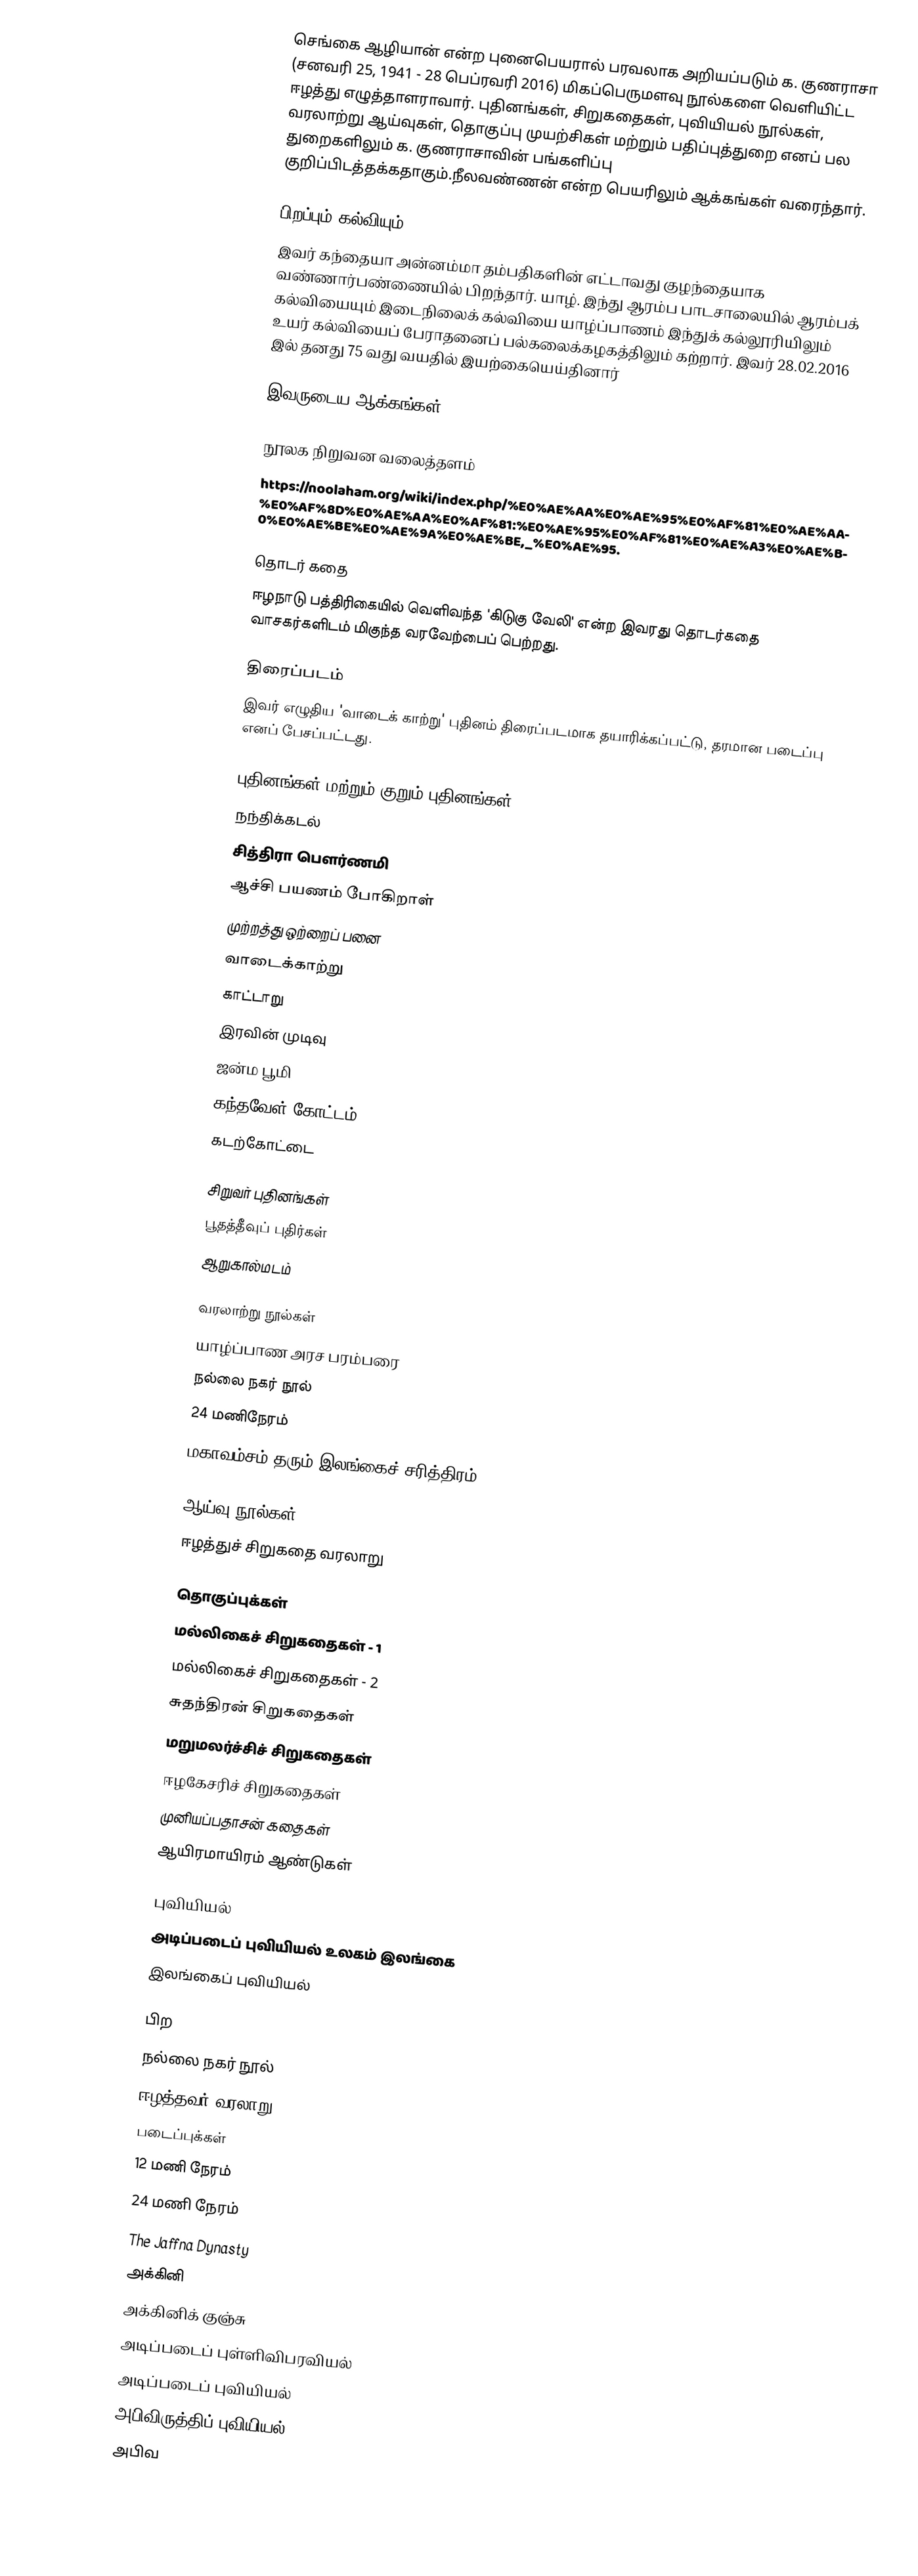
செங்கை ஆழியான் என்ற புனைபெயரால் பரவலாக அறியப்படும் க. குணராசா (சனவரி 25, 1941 - 28 பெப்ரவரி 2016) மிகப்பெருமளவு நூல்களை வெளியிட்ட ஈழத்து எழுத்தாளராவார். புதினங்கள், சிறுகதைகள், புவியியல் நூல்கள், வரலாற்று ஆய்வுகள், தொகுப்பு முயற்சிகள் மற்றும் பதிப்புத்துறை எனப் பல துறைகளிலும் க. குணராசாவின் பங்களிப்பு குறிப்பிடத்தக்கதாகும்.நீலவண்ணன்  என்ற பெயரிலும் ஆக்கங்கள் வரைந்தார்.

பிறப்பும் கல்வியும்
இவர் கந்தையா அன்னம்மா தம்பதிகளின் எட்டாவது குழந்தையாக வண்ணார்பண்ணையில் பிறந்தார். யாழ். இந்து ஆரம்ப பாடசாலையில் ஆரம்பக் கல்வியையும் இடைநிலைக் கல்வியை யாழ்ப்பாணம் இந்துக் கல்லூரியிலும் உயர் கல்வியைப் பேராதனைப் பல்கலைக்கழகத்திலும் கற்றார். இவர் 28.02.2016 இல் தனது 75 வது வயதில் இயற்கையெய்தினார்

இவருடைய ஆக்கங்கள்

நூலக நிறுவன வலைத்தளம்
https://noolaham.org/wiki/index.php/%E0%AE%AA%E0%AE%95%E0%AF%81%E0%AE%AA%E0%AF%8D%E0%AE%AA%E0%AF%81:%E0%AE%95%E0%AF%81%E0%AE%A3%E0%AE%B0%E0%AE%BE%E0%AE%9A%E0%AE%BE,_%E0%AE%95.

தொடர் கதை
ஈழநாடு பத்திரிகையில் வெளிவந்த 'கிடுகு வேலி' என்ற இவரது தொடர்கதை வாசகர்களிடம் மிகுந்த வரவேற்பைப் பெற்றது.

திரைப்படம்
இவர் எழுதிய 'வாடைக் காற்று' புதினம் திரைப்படமாக தயாரிக்கப்பட்டு, தரமான படைப்பு எனப் பேசப்பட்டது.

புதினங்கள் மற்றும் குறும் புதினங்கள்
 நந்திக்கடல்
 சித்திரா பௌர்ணமி
 ஆச்சி பயணம் போகிறாள்
 முற்றத்து ஒற்றைப் பனை
 வாடைக்காற்று
 காட்டாறு
 இரவின் முடிவு
 ஜன்ம பூமி
 கந்தவேள் கோட்டம்
 கடற்கோட்டை

சிறுவர் புதினங்கள்
 பூதத்தீவுப் புதிர்கள்
 ஆறுகால்மடம்

வரலாற்று நூல்கள்
 யாழ்ப்பாண அரச பரம்பரை
 நல்லை நகர் நூல்
 24 மணிநேரம்
 மகாவம்சம் தரும் இலங்கைச் சரித்திரம்

ஆய்வு நூல்கள்
 ஈழத்துச் சிறுகதை வரலாறு

தொகுப்புக்கள்
 மல்லிகைச் சிறுகதைகள் - 1
 மல்லிகைச் சிறுகதைகள் - 2
 சுதந்திரன் சிறுகதைகள்
 மறுமலர்ச்சிச் சிறுகதைகள்
 ஈழகேசரிச் சிறுகதைகள்
 முனியப்பதாசன் கதைகள்
 ஆயிரமாயிரம் ஆண்டுகள்

புவியியல்
 அடிப்படைப் புவியியல் உலகம் இலங்கை
 இலங்கைப் புவியியல்

பிற
 நல்லை நகர் நூல்
 ஈழத்தவர் வரலாறு
படைப்புக்கள்
 12 மணி நேரம்
 24 மணி நேரம்
 The Jaffna Dynasty
 அக்கினி
 அக்கினிக் குஞ்சு
 அடிப்படைப் புள்ளிவிபரவியல்
 அடிப்படைப் புவியியல்
 அபிவிருத்திப் புவியியல் (1985)
 அபிவ